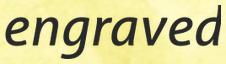
engraved